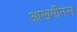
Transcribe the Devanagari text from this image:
आखमीनस